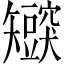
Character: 𬑸